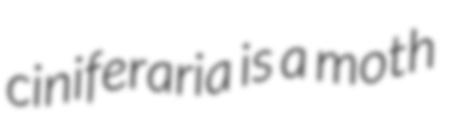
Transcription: ciniferaria is a moth